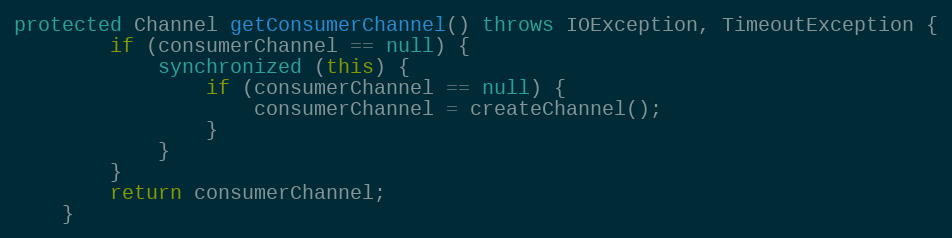
Language: Java
protected Channel getConsumerChannel() throws IOException, TimeoutException {
        if (consumerChannel == null) {
            synchronized (this) {
                if (consumerChannel == null) {
                    consumerChannel = createChannel();
                }
            }
        }
        return consumerChannel;
    }